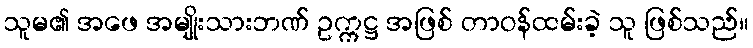
သူမ၏ အဖေ အမျိုးသားဘဏ် ဥက္ကဋ္ဌ အဖြစ် တာဝန်ထမ်းခဲ့ သူ ဖြစ်သည်။